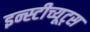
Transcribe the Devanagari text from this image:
इन्स्टीच्यूट्स